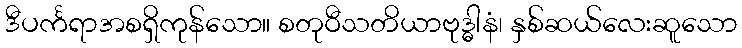
ဒီပင်္ကရာအစရှိကုန်သော။ စတုဝီသတိယာဗုဒ္ဓါနံ၊ နှစ်ဆယ်လေးဆူသော